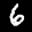
Label: 6